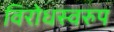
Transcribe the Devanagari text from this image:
विरोधस्वरुप